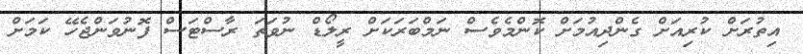
އިތުރަށް ކުރިއަށް ގެންދިއުމަށް ކޮންމެވެސް ނަމްބަރަކަށް ރީލޯޑް ނުވަތަ ރާސްޓަސް ފޮނުވަންޖެހޭ ކަމަށް